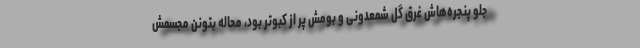
جلو پنجره‌هاش غرق گل شمعدونی و بومش پر از کبوتر بود، محاله بتونن مجسمش